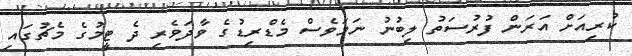
ކުރިއަށް އަރަން ފުރުސަތު ލިބުނު ނަމަވެސް މެޑްރިޑުގެ ވާދަވެރި ދެ ޓީމުގެ މެޗުގައި